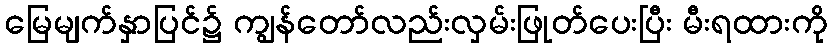
မြေမျက်နှာပြင်၌ ကျွန်တော်လည်းလှမ်းဖြုတ်ပေးပြီး မီးရထားကို